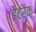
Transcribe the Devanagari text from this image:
हैटरैक